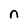
Character: n